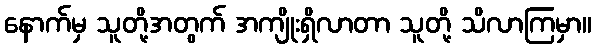
နောက်မှ သူတို့အတွက် အကျိုးရှိလာတာ သူတို့ သိလာကြမှာ။